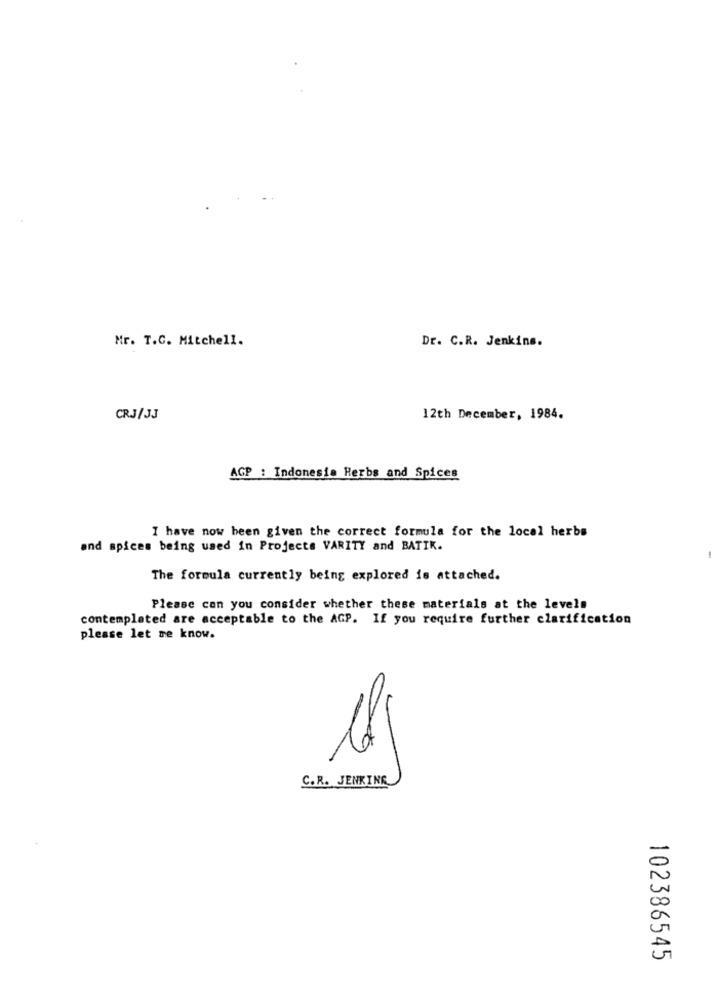
Mr. T.C. Mitchell.
Dr. C.R. Jenkins.
CRJ/J
12th December, 1984.
AGP : Indonesia Herbs and Spices
I have now been given the correct formula for the local herbs
and spices being used in Projects VARITY and BATIK.
1
The formula currently being explored is attached.
Please can you consider whether these materials at the levels
contemplated are acceptable to the AGP. If you require further clarification
please let me know.
C.R. JENKING
102386545